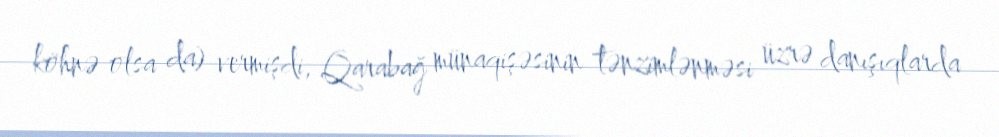
köhnə olsa da) vermişdi, Qarabağ münaqişəsinin tənzimlənməsi üzrə danışıqlarda